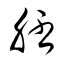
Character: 胚